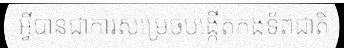
អ្វីបានជាការសម្រេចបង្កើតកងទ័ពជាតិ